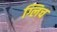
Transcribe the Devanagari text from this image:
ग्लिच